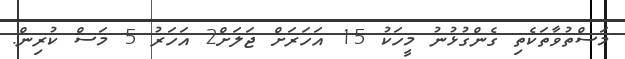
މަސްތުވާތަކެތި ގެންގުޅުނު މީހަކު 15 އަހަރަށް ޖަލަށް2 އަހަރު 5 މަސް ކުރިން.